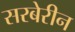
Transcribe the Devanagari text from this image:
सरबेरीन